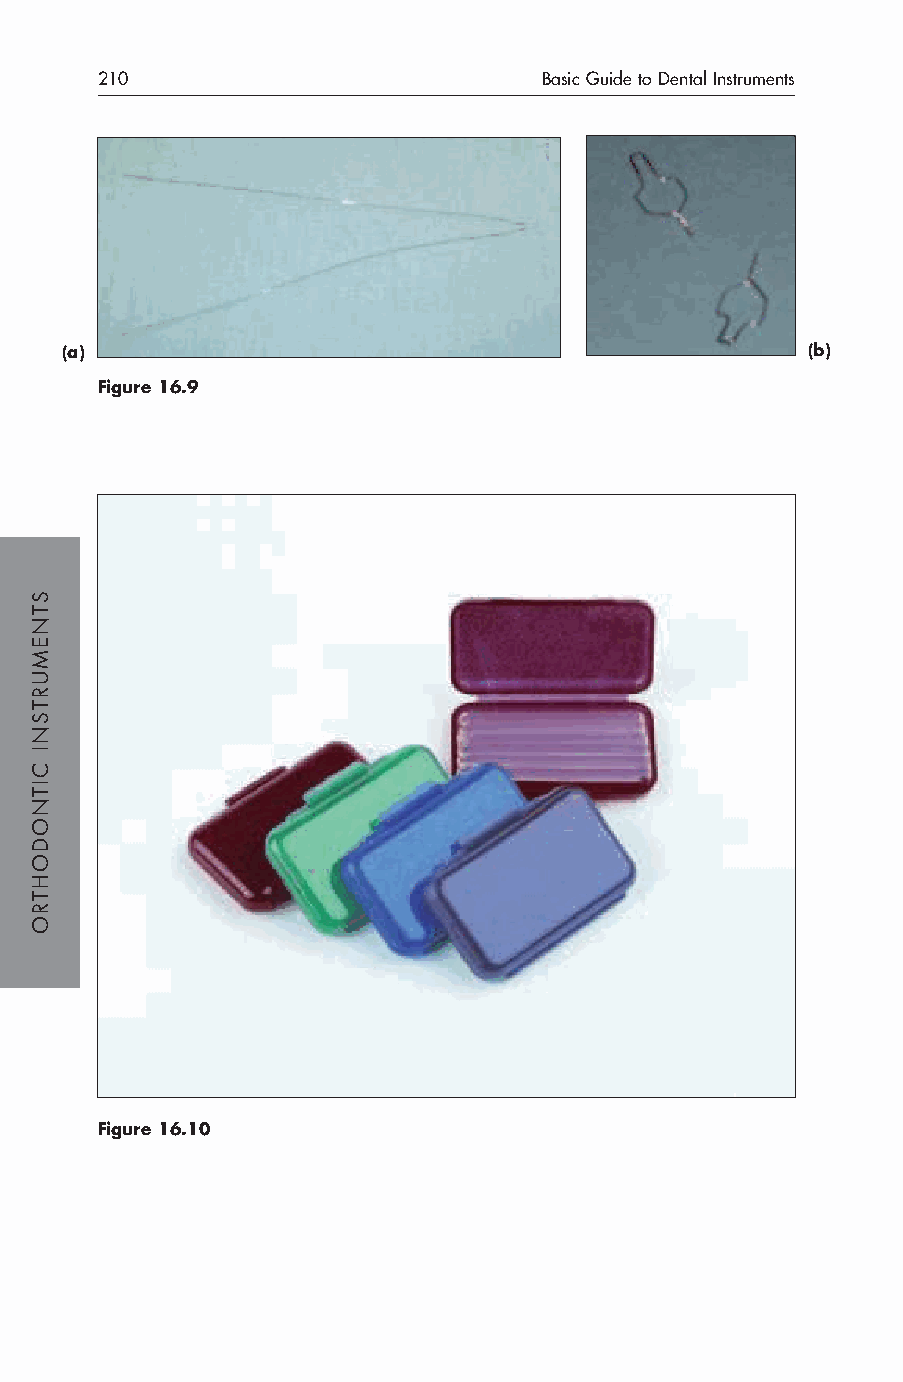
210                           Basic Guide to Dental Instruments
 (a)                                              (b)
 Figure 16.9
 Figure 16.10
 STNEMURTSNI
 CITNODOHTRO